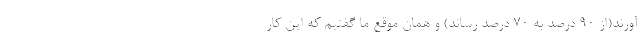
آورند(از ۹۰ درصد به ۷۰ درصد رساند) و همان موقع ما گفتیم که این کار